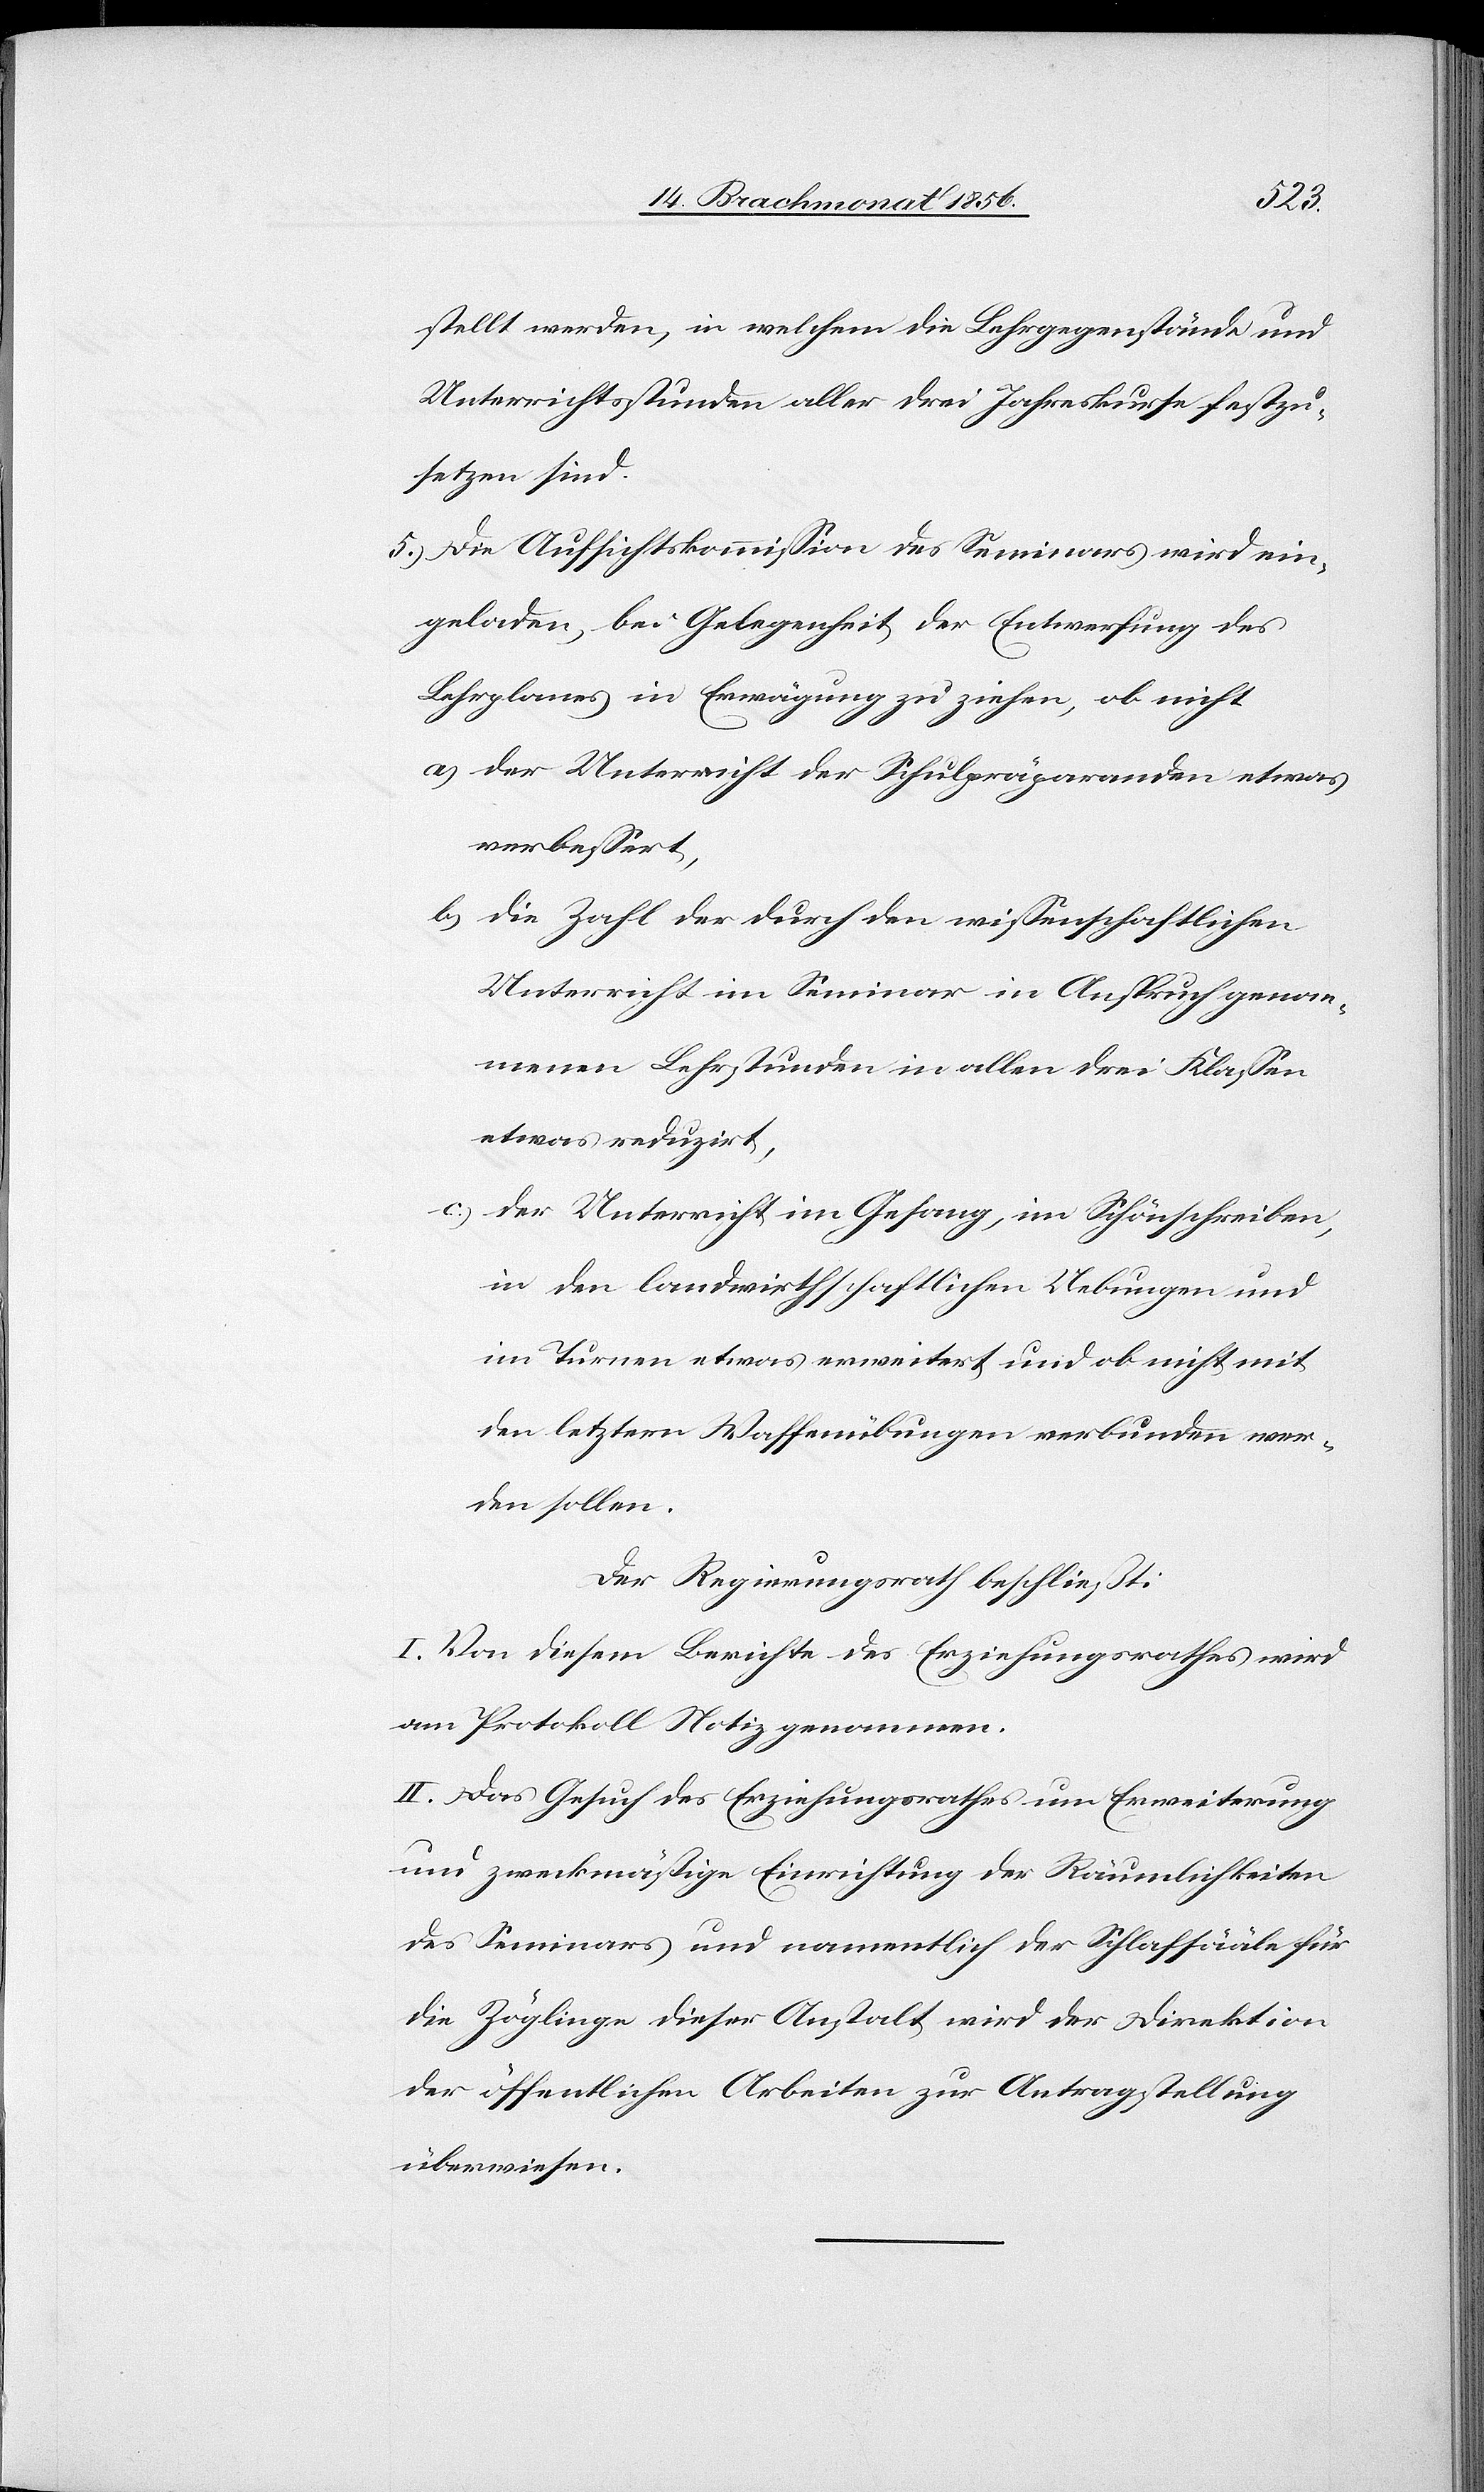
stellt werden, in welchem die Lehrgegenstände und
Unterrichtsstunden aller drei Jahreskurse festzu¬
setzen sind.
5.) Die Aufsichtskommission des Seminars wird ein¬
geladen, bei Gelegenheit der Entwerfung des
Lehrplanes in Erwägung zu ziehen, ob nicht
a.) der Unterricht der Schulpräparanden etwas
verbessert,
b.) die Zahl der dadurch den wissenschaftlichen
Unterricht im Seminar in Anspruch genom¬
menen Lehrstunden in allen drei Klassen
etwas reduzirt,
c.) der Unterricht im Gesang, im Schönschreiben,
in den landwirthschaftlichen Uebungen und
im Turnen etwas erweitert und ob nicht mit
den letztern Waffenübungen verbunden wer¬
den sollen.
Der Regierungsrath beschließt:
I. Von diesem Berichte des Erziehungsrathes wird
am Protokoll Notiz genommen.
II. Das Gesuch des Erziehungsrathes um Erweiterung
und zweckmäßige Einrichtung der Räumlichkeiten
des Seminars und namentlich der Schlafsääle für
die Zöglinge dieser Anstalt wird der Direktion
der öffentlichen Arbeiten zur Antragstellung
überwiesen.